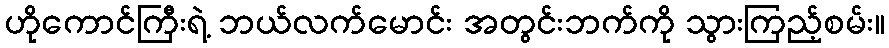
ဟိုကောင်ကြီးရဲ့ ဘယ်လက်မောင်း အတွင်းဘက်ကို သွားကြည့်စမ်း။